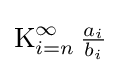
\operatorname {K} _{i=n}^{\infty }{\tfrac {a_{i}}{b_{i}}}